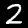
Label: 2